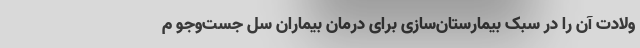
ولادت آن را در سبک بیمارستان‌سازی برای درمان بیماران سل جست‌وجو م